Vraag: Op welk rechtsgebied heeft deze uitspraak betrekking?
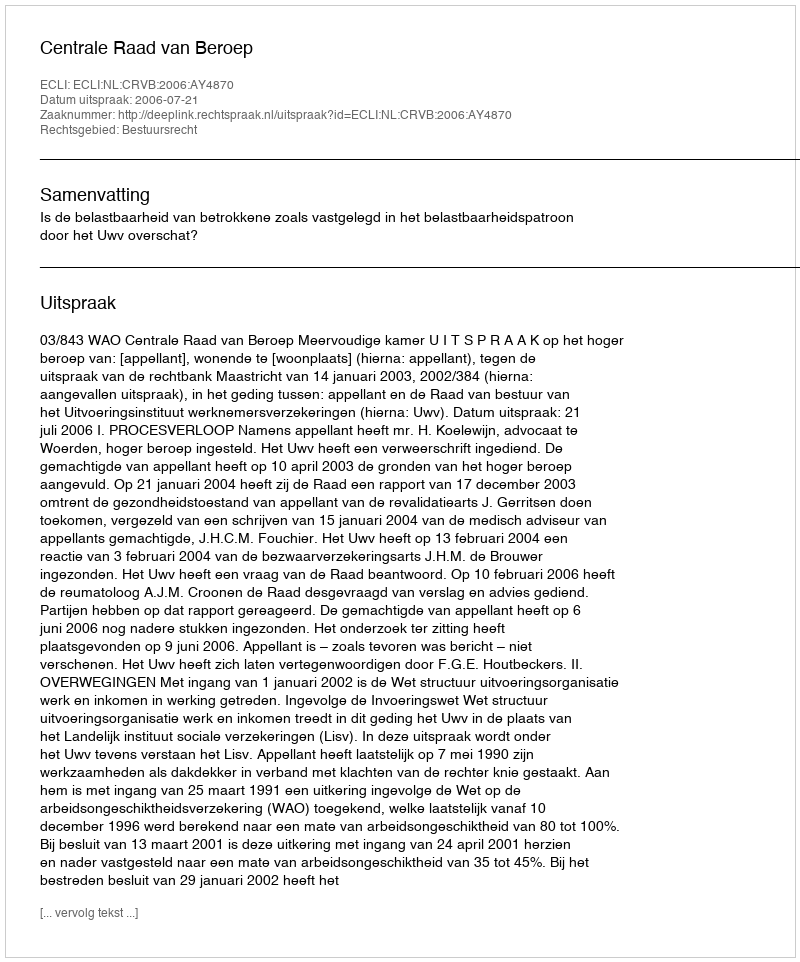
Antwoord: Bestuursrecht